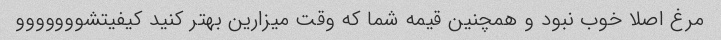
مرغ اصلا خوب نبود و همچنین قیمه شما که وقت میزارین بهتر کنید کیفیتشووووووو